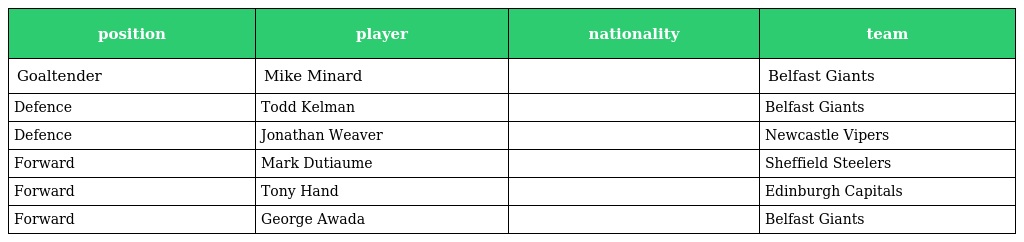
| position | player | nationality | team |
 | --- | --- | --- | --- |
 | Goaltender | Mike Minard |  | Belfast Giants |
 | Defence | Todd Kelman |  | Belfast Giants |
 | Defence | Jonathan Weaver |  | Newcastle Vipers |
 | Forward | Mark Dutiaume |  | Sheffield Steelers |
 | Forward | Tony Hand |  | Edinburgh Capitals |
 | Forward | George Awada |  | Belfast Giants |